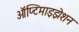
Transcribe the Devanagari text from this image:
ऑप्टिमाइझेशन